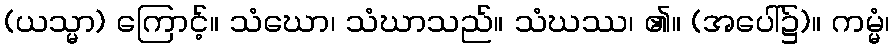
(ယသ္မာ) ကြောင့်။ သံဃော၊ သံဃာသည်။ သံဃဿ၊ ၏။ (အပေါ်၌)။ ကမ္မံ၊